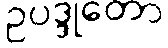
ဥပဒ္ဒုတော